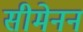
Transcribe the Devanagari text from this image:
सीमेनन